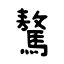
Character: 驁